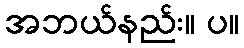
အဘယ်နည်း။ ပ။